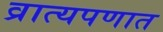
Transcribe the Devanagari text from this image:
व्रात्यपणात